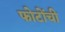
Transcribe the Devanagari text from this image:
फोटोंची